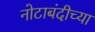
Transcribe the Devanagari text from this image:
नोटाबंदीच्या